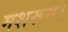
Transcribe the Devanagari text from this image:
मशरूम।